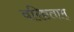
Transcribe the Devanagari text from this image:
वरिष्टताम्